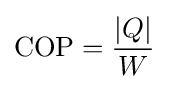
{\rm {COP}}={\frac {|Q|}{W}}